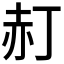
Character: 𧹙